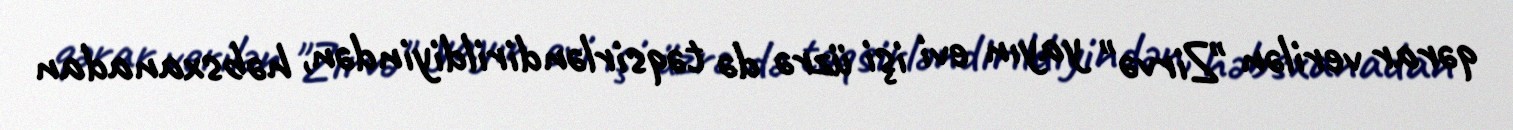
qərar verilən "Zirvə" yayın evi işi üzrə də təqsirləndirildiyindən, həbsxanadan